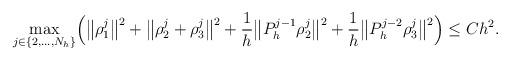
LaTeX: \begin{align*} \max_{j\in\{2,\dots,N_h\}} & \Big( \big\| \rho_1^j \big\|^2 + \big\| \rho_2^j+\rho_3^j \big\|^2 + \frac{1}{h} \big\|P_h^{j-1}\rho_2^j\big\|^2 + \frac{1}{h} \big\|P_h^{j-2}\rho_3^j\big\|^2 \Big) \leq C h^2.\end{align*}